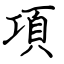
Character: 項